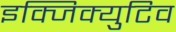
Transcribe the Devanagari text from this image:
इक्जिक्युटिव